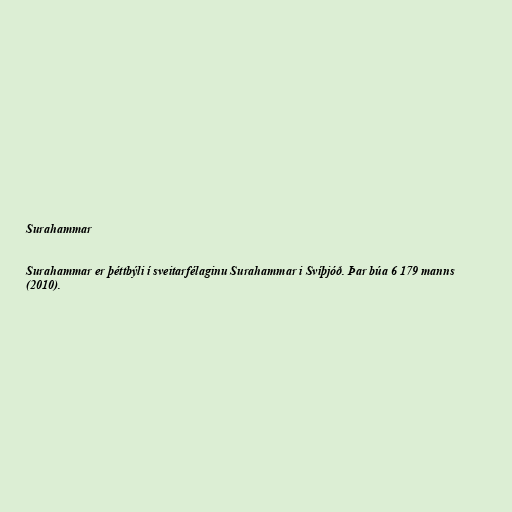
Surahammar

Surahammar er þéttbýli í sveitarfélaginu Surahammar i Svíþjóð. Þar búa 6 179 manns
(2010).